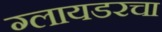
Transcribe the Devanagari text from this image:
ग्लायडरचा